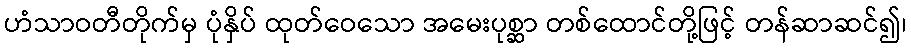
ဟံသာဝတီတိုက်မှ ပုံနှိပ် ထုတ်ဝေသော အမေးပုစ္ဆာ တစ်ထောင်တို့ဖြင့် တန်ဆာဆင်၍၊